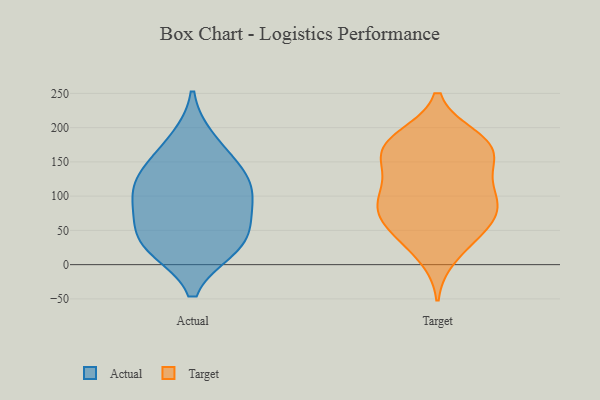
{"axis": {"x": "Population (Million)", "y": "Value"}, "legend": ["Actual", "Target"], "data": [{"x": "", "y": 90, "type": "Actual"}, {"x": "", "y": 119, "type": "Actual"}, {"x": "", "y": 181, "type": "Actual"}, {"x": "", "y": 59, "type": "Actual"}, {"x": "", "y": 29, "type": "Actual"}, {"x": "", "y": 94, "type": "Actual"}, {"x": "", "y": 146, "type": "Actual"}, {"x": "", "y": 25, "type": "Actual"}, {"x": "", "y": 126, "type": "Actual"}, {"x": "", "y": 32, "type": "Actual"}, {"x": "", "y": 88, "type": "Target"}, {"x": "", "y": 186, "type": "Target"}, {"x": "", "y": 163, "type": "Target"}, {"x": "", "y": 185, "type": "Target"}, {"x": "", "y": 116, "type": "Target"}, {"x": "", "y": 180, "type": "Target"}, {"x": "", "y": 93, "type": "Target"}, {"x": "", "y": 12, "type": "Target"}, {"x": "", "y": 48, "type": "Target"}, {"x": "", "y": 131, "type": "Target"}, {"x": "", "y": 71, "type": "Target"}, {"x": "", "y": 77, "type": "Target"}, {"x": "", "y": 161, "type": "Target"}, {"x": "", "y": 82, "type": "Target"}, {"x": "", "y": 36, "type": "Target"}, {"x": "", "y": 109, "type": "Target"}, {"x": "", "y": 159, "type": "Target"}, {"x": "", "y": 56, "type": "Target"}, {"x": "", "y": 166, "type": "Target"}]}